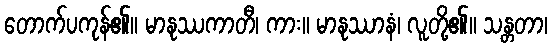
တောက်ပကုန်၏။ မာနုဿကာတီ၊ ကား။ မာနုဿာနံ၊ လူတို့၏။ သန္တတာ၊